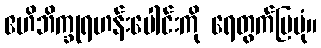
ဧဟိဘိက္ခုရဟန်းပေါင်းကို ရေတွက်ပြပုံ။